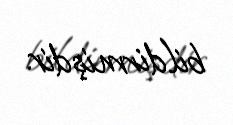
bildirmişdir.